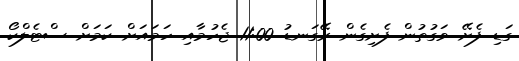
ގަޑި ފެށޭ ވަގުތުން ފެށިގެން ރޭގަނޑު 11:00 ޖެހުމާއި ހަމައަށް ކަމަށް ސްޓެލްކޯ